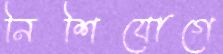
নিশিযোগে